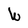
Character: W